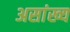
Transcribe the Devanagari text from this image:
असांख्य